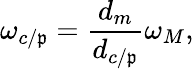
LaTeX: \omega_{c/\mathfrak{p}}=\frac{{d_{m}}}{{d_{c/\mathfrak{p}}}}\omega_{M},